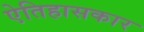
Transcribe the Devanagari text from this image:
ऐतिहासकार